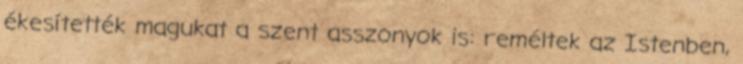
ékesítették magukat a szent asszonyok is: reméltek az Istenben,